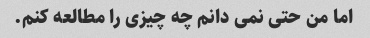
اما من حتی نمی دانم چه چیزی را مطالعه کنم.